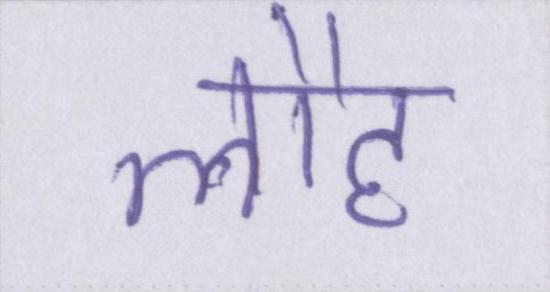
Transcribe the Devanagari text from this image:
लौह